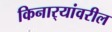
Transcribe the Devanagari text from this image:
किनार्‍यांवरील